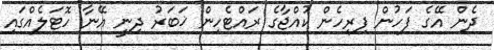
ދެން އޭގެ ފަހުން ފިރިހެން ކުއްޖާގެ ރައްޓެހިން ޚަބަރު ދިނީ އޭނާ ހޮޓަލެއްގައި